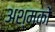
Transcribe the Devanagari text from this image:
अश्मकों